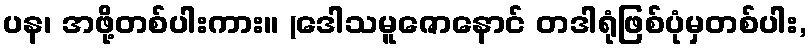
ပန၊ အဖို့တစ်ပါးကား။ (ဒေါသမူဇောနောင် တဒါရုံဖြစ်ပုံမှတစ်ပါး,